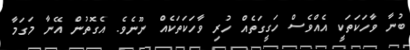
ބުނާ ވާހަކަތަކީ އެއްވެސް ހަގީގަތެއް ހުރި ވާހަކަތަކެއް ނޫނެވެ. އެގޮތުން އޭނާ މަގަމާ